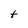
Character: t